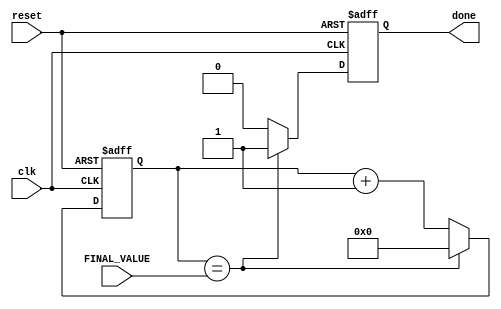
`timescale 1ns / 1ps
//////////////////////////////////////////////////////////////////////////////////
// Company: 
// Engineer: 
// 
// Design Name: 
// Module Name: baud_rate_generator
// Project Name: 
// Target Devices: 
// Tool Versions: 
// Description: 
// 
// Dependencies: 
// 
// Revision:
// Revision 0.01 - File Created
// Additional Comments:
// 
//////////////////////////////////////////////////////////////////////////////////


module baud_rate_generator
    #(parameter FINAL_VALUE_BITS = 10)
    (
        input [FINAL_VALUE_BITS-1:0] FINAL_VALUE,
        input clk,reset,
        output done
    );
    
    reg [FINAL_VALUE_BITS-1:0] state;
    reg done_store;
    
    always @(posedge clk,negedge reset)
    begin
        if(~reset)
        begin
            done_store <= 0;
            state <= 0;
        end
        else 
        begin
            
            if(state==FINAL_VALUE)
            begin
                done_store <= 1;
                state <=0;
            end
            else
            begin
                state <= state + 1;
                done_store <= 0;
            end
        end
    end
    
    assign done = done_store;
endmodule